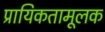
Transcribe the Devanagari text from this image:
प्रायिकतामूलक